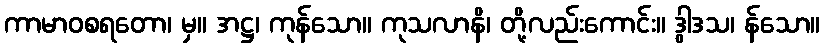
ကာမာဝစရတော၊ မှ။ အဋ္ဌ၊ ကုန်သော။ ကုသလာနိ၊ တို့လည်းကောင်း။ ဒွါဒသ၊ န်သော။